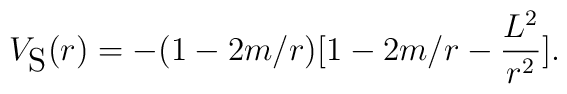
V_{\mbox{S}}(r)=-(1-2m/r)[1-2m/r-\frac{L^2}{r^2}].